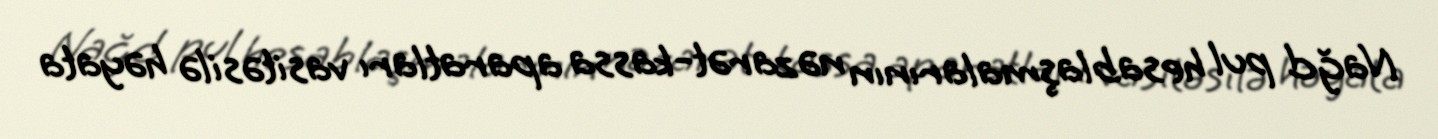
Nağd pul hesablaşmalarının nəzarət-kassa aparatları vasitəsilə həyata